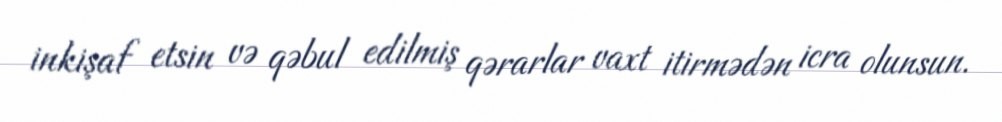
inkişaf etsin və qəbul edilmiş qərarlar vaxt itirmədən icra olunsun.